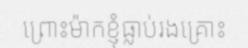
ព្រោះម៉ាកខ្ញុំធ្លាប់រងគ្រោះ